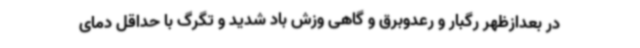
در بعدازظهر رگبار و رعدوبرق و گاهی وزش باد شدید و تگرگ با حداقل دمای